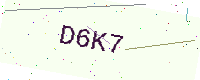
Text: D6K7